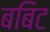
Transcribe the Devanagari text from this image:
बबिट